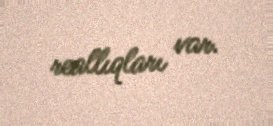
reallıqları var.